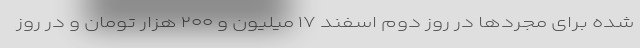
شده برای مجردها در روز دوم اسفند ۱۷ میلیون و ۲۰۰ هزار تومان و در روز